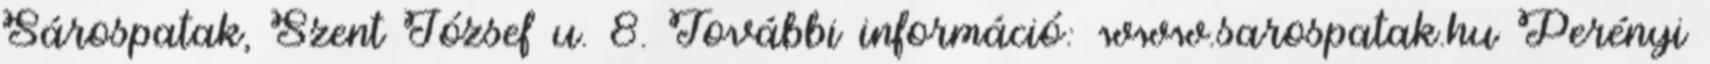
Sárospatak, Szent József u. 8. További információ: www.sarospatak.hu Perényi